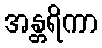
အန္တရိကာ